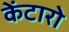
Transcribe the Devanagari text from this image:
केंटारो